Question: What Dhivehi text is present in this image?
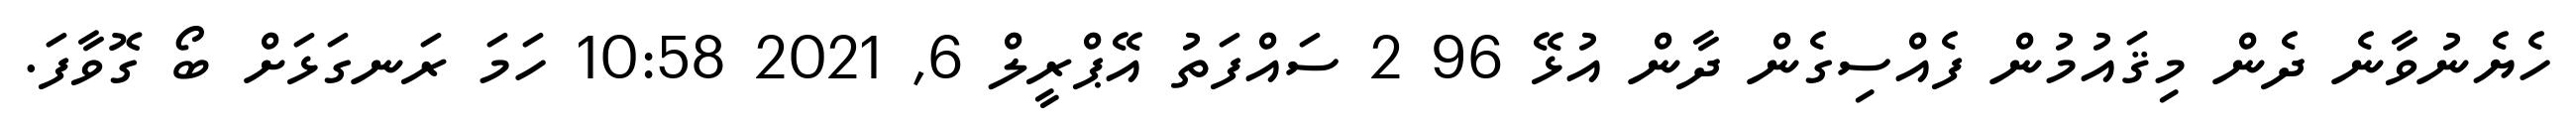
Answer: ހެޔެނުވާނެ ދެން މިޤައުމުން ފެއްސިގެން ދާން އުޅޭ 96 2 ސައްފަތު އޭޕްރީލް 6, 2021 10:58 ހަމަ ރަނގަޅަށް ބޯ ގޮވާފަ.